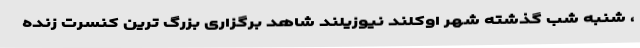
، شنبه شب گذشته شهر اوکلند نیوزیلند شاهد برگزاری بزرگ ترین کنسرت زنده